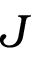
J